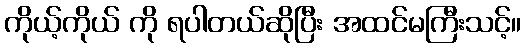
ကိုယ့်ကိုယ် ကို ရပါတယ်ဆိုပြီး အထင်မကြီးသင့်။